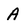
Character: A